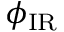
\phi _ { \mathrm { I R } }